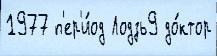
1977 п'ер'и́од Лодзь9 до́ктор